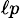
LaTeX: _{\ell p}